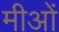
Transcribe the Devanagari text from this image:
मीओं